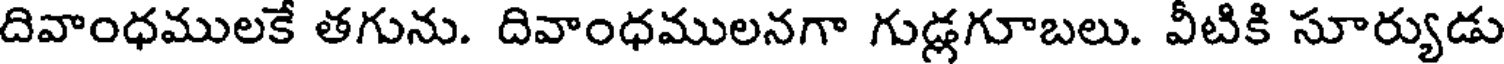
దివాంధములకే తగును. దివాంధములనగా గుడ్లగూబలు. వీటికి సూర్యుడు